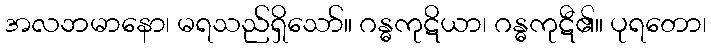
အလဘမာနော၊ မရသည်ရှိသော်။ ဂန္ဓကုဋိယာ၊ ဂန္ဓကုဋီ၏။ ပုရတော၊